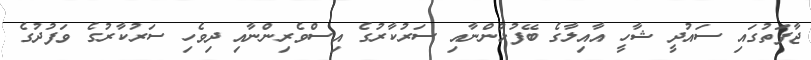
ޖާފަތުގައި ސައުދީ ޝާހީ އާއިލާގެ ބޭފުޅުންނާއި ސަރުކާރުގެ އިސްވެރިންނާއި ދިވެހި ސަރުކާރުގެ ވަފުދުގެ